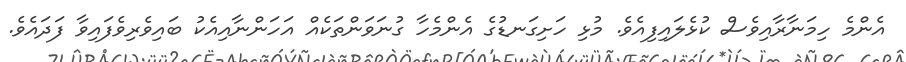
އެންމެ ހިމަނާރާއިވެސް ކުޅެލައިފިއެވެ. މުޅި ހަށިގަނޑުގެ އެންމެހާ ގުނަވަންތަކެއް އަހަންނާއިއެކު ބައިވެރިވެފައިވާ ފަދައެވެ.